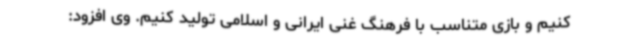
کنیم و بازی متناسب با فرهنگ غنی ایرانی و اسلامی تولید کنیم. وی افزود: